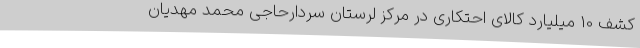
کشف 10 میلیارد کالای احتکاری در مرکز لرستان سردارحاجی محمد مهدیان